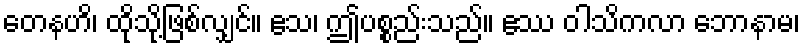
တေနဟိ၊ ထိုသို့ဖြစ်လျှင်။ ဧသ၊ ဤပစ္စည်းသည်။ ဧဿ ဝါသိကလာ ဘောနာမ၊